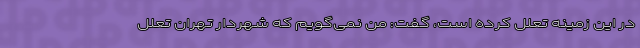
در این زمینه تعلل کرده است، گفت: من نمی‌گویم که شهردار تهران تعلل